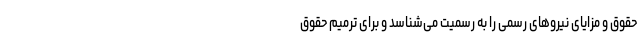
حقوق و مزایای نیروهای رسمی را به رسمیت می‌شناسد و برای ترمیم حقوق